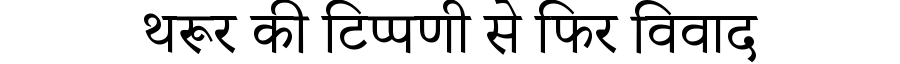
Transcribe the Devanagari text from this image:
थरूर की टिप्पणी से फिर विवाद